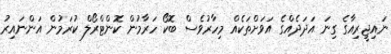
ނައިޖީރިއާގެ ގިނަ އަދަދެއްގެ އަވަށްތަކެއް މިހާރުވެސް ބޮކޯ ހަރާމުން ކޮންޓްރޯލް ކުރަމުން އަންނައިރު